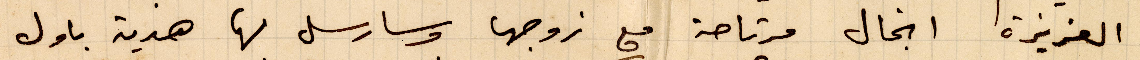
العزيزة انجال مرتاحة مع زوجها وسارسل لها هدية بأول